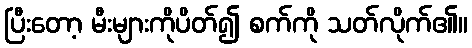
ပြီးတော့ မီးများကိုပိတ်၍ စက်ကို သတ်လိုက်၏။